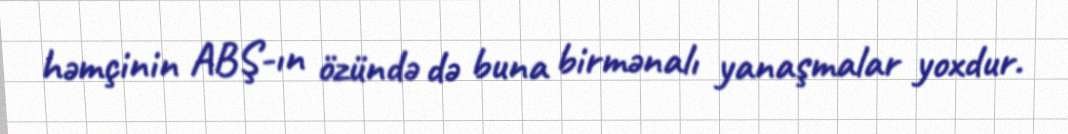
həmçinin ABŞ-ın özündə də buna birmənalı yanaşmalar yoxdur.